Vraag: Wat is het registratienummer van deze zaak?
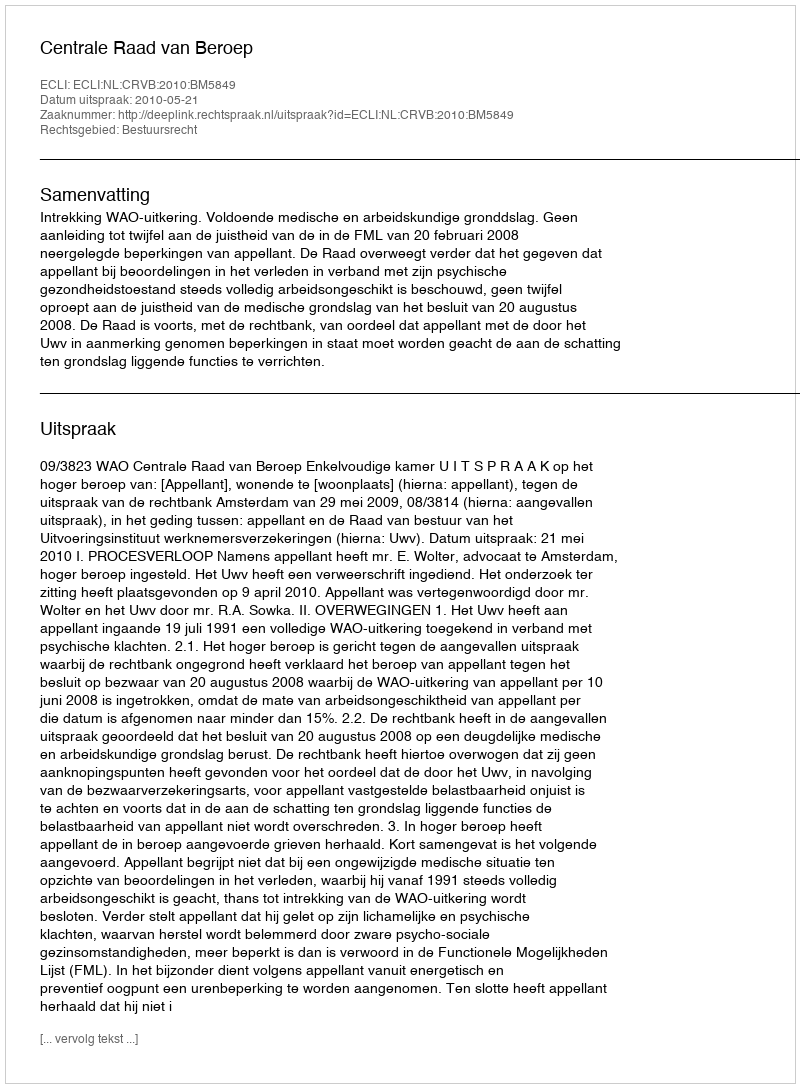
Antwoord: http://deeplink.rechtspraak.nl/uitspraak?id=ECLI:NL:CRVB:2010:BM5849